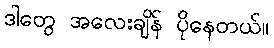
ဒါတွေ အလေးချိန် ပိုနေတယ်။